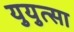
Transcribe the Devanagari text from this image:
युयुत्सा